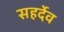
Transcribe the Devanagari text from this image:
सहर्देव